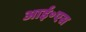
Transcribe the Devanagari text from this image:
आई॰एस